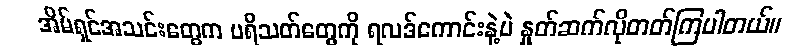
အိမ်ရှင်အသင်းတွေက ပရိသတ်တွေကို ရလဒ်ကောင်းနဲ့ပဲ နှုတ်ဆက်လိုတတ်ကြပါတယ်။